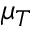
\mu _ { T }